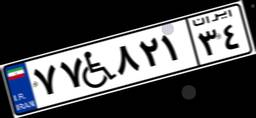
۷۷W۸۲۱۳۴